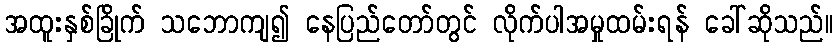
အထူးနှစ်ခြိုက် သဘောကျ၍ နေပြည်တော်တွင် လိုက်ပါအမှုထမ်းရန် ခေါ်ဆိုသည်။